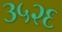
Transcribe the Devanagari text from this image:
३५२६